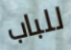
للباب